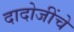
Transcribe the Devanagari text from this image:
दादोजींचे